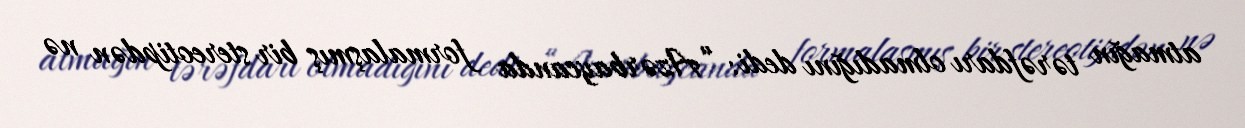
atmağın tərəfdarı olmadığını dedi: “Azərbaycanda formalaşmış bir stereotipdən nə